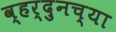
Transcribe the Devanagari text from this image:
व्हर्दुनच्या